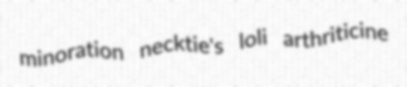
minoration necktie's loli arthriticine